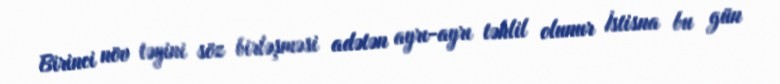
Birinci növ təyini söz birləşməsi adətən ayrı-ayrı təhlil olunur İstisna bu gün